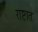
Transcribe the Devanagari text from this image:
राष्टात